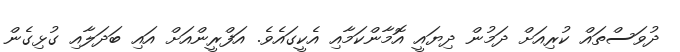
ދުވަސްތައް ކުރިއަށް ދަމުން ދިޔައީ އޮމާންކަމާއި އެކީގައެވެ. އަފްރީންއަށް އައި ބަދަލާއި ގުޅިގެން